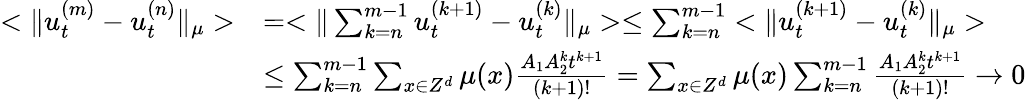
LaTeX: \begin{array}{rl}{<\Vert u_{t}^{(m)}-u_{t}^{(n)}\Vert_{\mu}>}&{=<\Vert\sum_{k=n}^{m-1}u_{t}^{(k+1)}-u_{t}^{(k)}\Vert_{\mu}>\leq\sum_{k=n}^{m-1}<\Vert u_{t}^{(k+1)}-u_{t}^{(k)}\Vert_{\mu}>}\\ &{\leq\sum_{k=n}^{m-1}\sum_{x\in Z^{d}}\mu(x)\frac{A_{1}A_{2}^{k}t^{k+1}}{(k+1)!}=\sum_{x\in Z^{d}}\mu(x)\sum_{k=n}^{m-1}\frac{A_{1}A_{2}^{k}t^{k+1}}{(k+1)!}\rightarrow 0}\end{array}